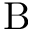
\mathrm { B }